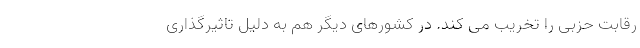
رقابت حزبی را تخریب می کند. در کشورهای دیگر هم به دلیل تاثیرگذاری